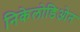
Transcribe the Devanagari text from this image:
निकेलोडिओन